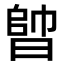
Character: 𣈪